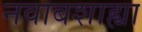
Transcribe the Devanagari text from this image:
नवाबशाह्या